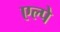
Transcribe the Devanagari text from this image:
एल्पे